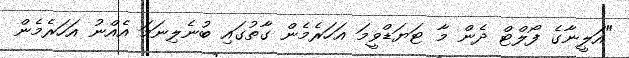
"އަލީނާގެ ފޯލްޓް ދެން މާ ޓަޔަޑްވީމަ އަހަރެމެން ގާތުގައި ބުނެލިނަމަ އެއްނު އަހަރެމެން